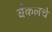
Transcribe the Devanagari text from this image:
बैकलचे